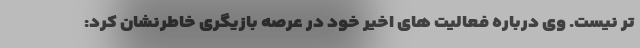
تر نیست. وی درباره فعالیت های اخیر خود در عرصه بازیگری خاطرنشان کرد: